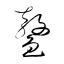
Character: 鰲